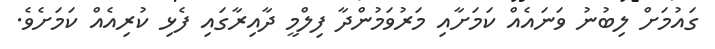
ގައުމަށް ލިބުނު ވަނައެއް ކަމަށާއި މަރުވަމުންދާ ފިލްމީ ދާއިރާގައި ފެޅި ކުރިއެއް ކަމަށެވެ.